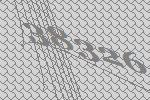
38326